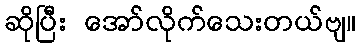
ဆိုပြီး အော်လိုက်သေးတယ်ဗျ။